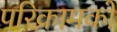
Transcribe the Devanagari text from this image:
परिक्रामकों